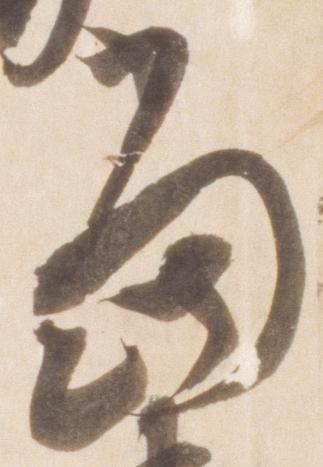
当